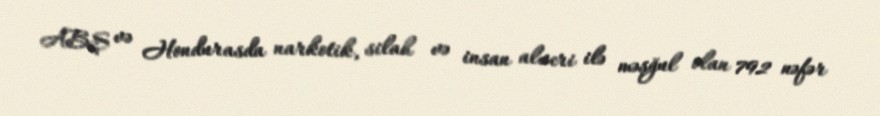
ABŞ və Hondurasda narkotik, silah və insan alveri ilə məşğul olan 792 nəfər